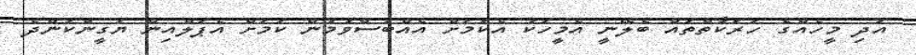
އަދި މީހެއްގެ ހަރަކާތްތައް ބެލޭނީ އެމީހަކު އެކަމަށް އެއްބަސްވުމުން ކަމަށް އެޕަލްއިން ޔަގީންކަންދެ